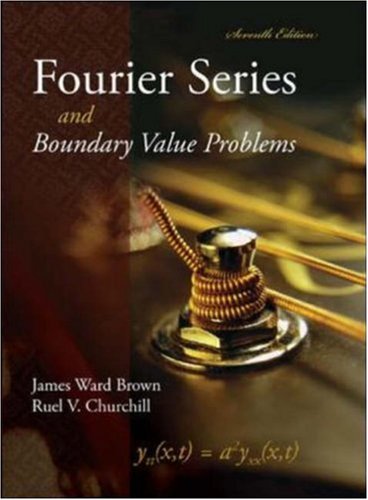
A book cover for Fourier Series and Boundary Value Problems (Brown and Churchill); James Brown; Science & Math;